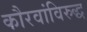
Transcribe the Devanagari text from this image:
कौरवांविरुद्ध